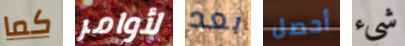
كما لأوامر بعد أحصل شيء